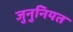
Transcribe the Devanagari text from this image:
जुनुनियत